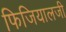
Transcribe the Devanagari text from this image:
फिजियालजी